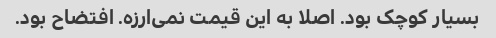
بسیار کوچک بود. اصلا به این قیمت نمی‌ارزه. افتضاح بود.